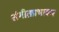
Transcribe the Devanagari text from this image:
संगीतप्रभाकर